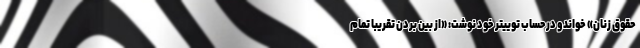
حقوق زنان» خواند و درحساب توییتر خود نوشت: «از بین بردن تقریبا تمام